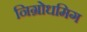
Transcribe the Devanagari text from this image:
निग्रोधमिग